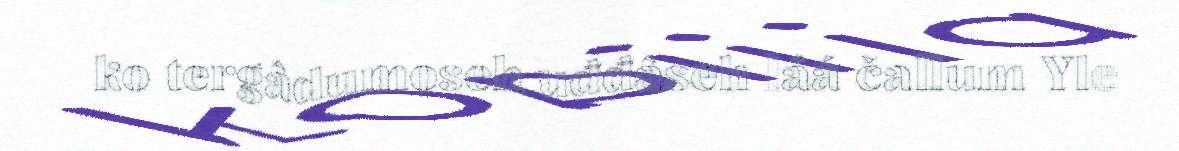
ko tergâdumoseh uđđâseh láá čallum Yle